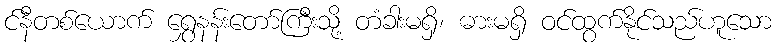
င်နီတစ်ယောက် ရွှေနန်းတော်ကြီးသို့ တံခါးမရှိ၊ ဓားမရှိ ဝင်ထွက်နိုင်သည်ဟူသော